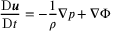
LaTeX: { \frac { \mathrm { D } { \boldsymbol { u } } } { \mathrm { D } t } } = - { \frac { 1 } { \rho } } { \boldsymbol { \nabla } } p + { \boldsymbol { \nabla } } \Phi